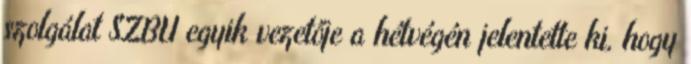
szolgálat SZBU egyik vezetője a hétvégén jelentette ki, hogy